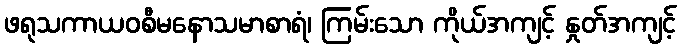
ဖရုသကာယဝစီမနောသမာစာရံ၊ ကြမ်းသော ကိုယ်အကျင့် နှုတ်အကျင့်